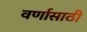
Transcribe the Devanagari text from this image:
वर्णासाठी